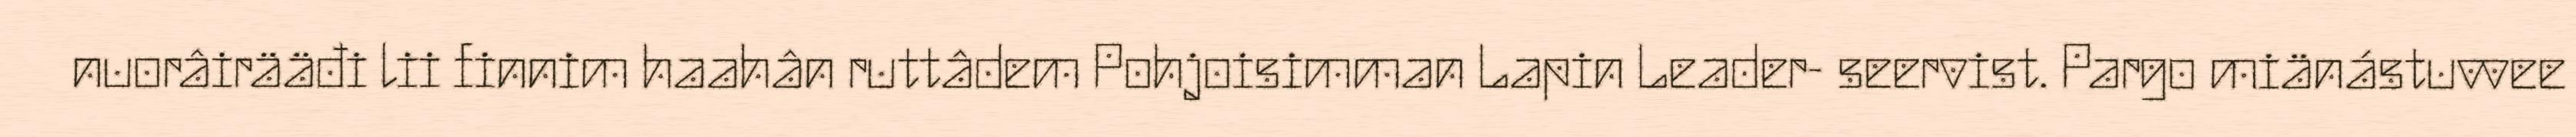
nuorâirääđi lii finnim haahân ruttâdem Pohjoisimman Lapin Leader- seervist. Pargo miänástuvvee